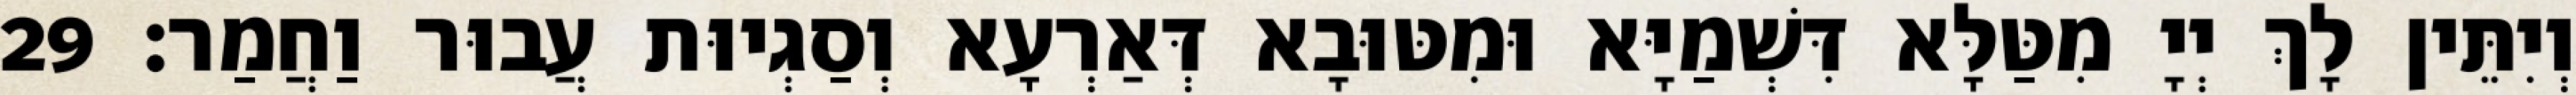
וְיִתֵּין לָךְ יְיָ מִטַּלָּא דִּשְׁמַיָּא וּמִטּוּבָא דְּאַרְעָא וְסַגְיוּת עֲבוּר וַחֲמַר׃ 29